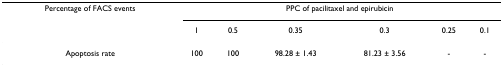
| Percentage of FACS events | <COLSPAN=6> PPC of pacilitaxel and epirubicin |
 |  | 1 | 0.5 | 0.35 | 0.3 | 0.25 | 0.1 |
 | --- | --- | --- | --- | --- | --- | --- |
 | Apoptosis rate | 100 | 100 | 98.28 ± 1.43 | 81.23 ± 3.56 | - | - |